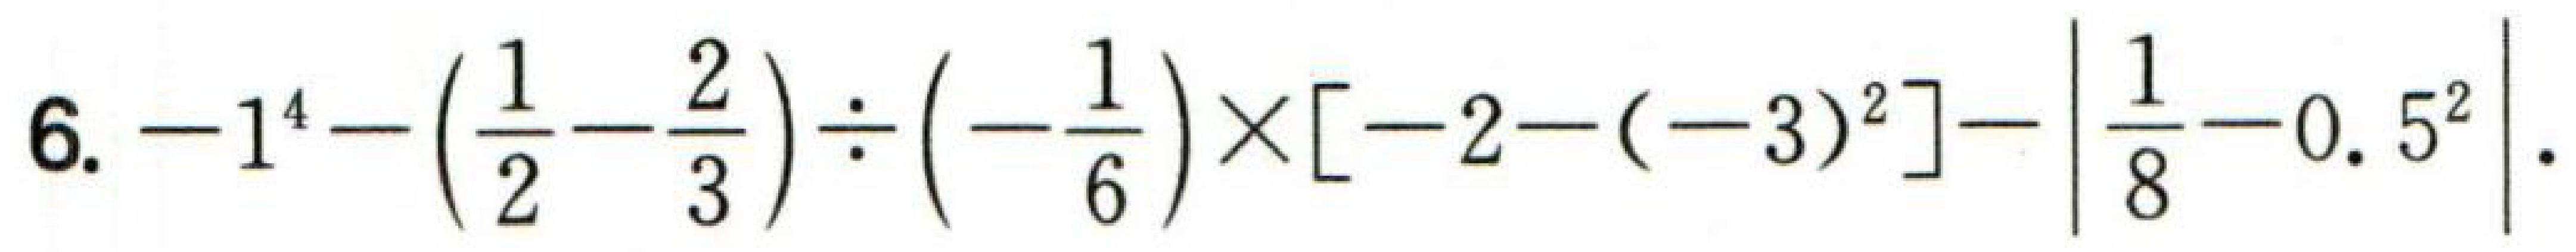
6. \(-1^{4}-\left(\frac{1}{2}-\frac{2}{3}\right)\div\left(-\frac{1}{6}\right)\times[-2-(-3)^{2}]-\left|\frac{1}{8}-0.5^{2}\right|\).